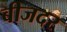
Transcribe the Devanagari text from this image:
बीजदर